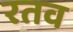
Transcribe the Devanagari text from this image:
रतव